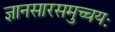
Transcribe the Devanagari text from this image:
ज्ञानसारसमुच्चयः